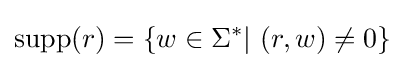
\operatorname {supp} (r)=\{w\in \Sigma ^{*}|\ (r,w)\neq 0\}